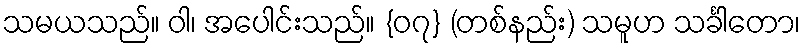
သမယသည်။ ဝါ၊ အပေါင်းသည်။ {၀၇} (တစ်နည်း) သမူဟ သင်္ခါတော၊